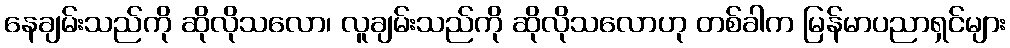
နေချမ်းသည်ကို ဆိုလိုသလော၊ လူချမ်းသည်ကို ဆိုလိုသလောဟု တစ်ခါက မြန်မာပညာရှင်များ